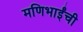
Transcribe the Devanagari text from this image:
मणिभाईंची